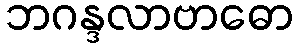
ဘဂန္ဒလာဗာဓော